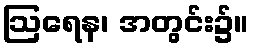
ဩရေန၊ အတွင်း၌။